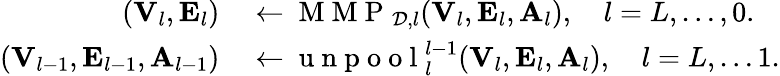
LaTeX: \begin{array}{rl}{({\mathbf V}_{l},{\mathbf E}_{l})}&{{}\leftarrow\mathrm{~M~M~P~}_{{\cal D},l}({\mathbf V}_{l},{\mathbf E}_{l},{\mathbf A}_{l}),\quad l=L,\ldots,0.}\\ {({\mathbf V}_{l-1},{\mathbf E}_{l-1},{\mathbf A}_{l-1})}&{{}\leftarrow\mathrm{~u~n~p~o~o~l~}_{l}^{l-1}({\mathbf V}_{l},{\mathbf E}_{l},{\mathbf A}_{l}),\quad l=L,\ldots 1.}\end{array}